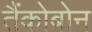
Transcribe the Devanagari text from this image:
तैंकोबोन